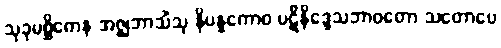
သုခုမစ္ဆိကေန အဇ္ဈဘာသိံသု နိပန္နကောဝ ပဋိနိဒ္ဒေသဘာဝတော သတောပေ